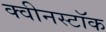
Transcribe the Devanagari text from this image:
क्वीनस्टॉक